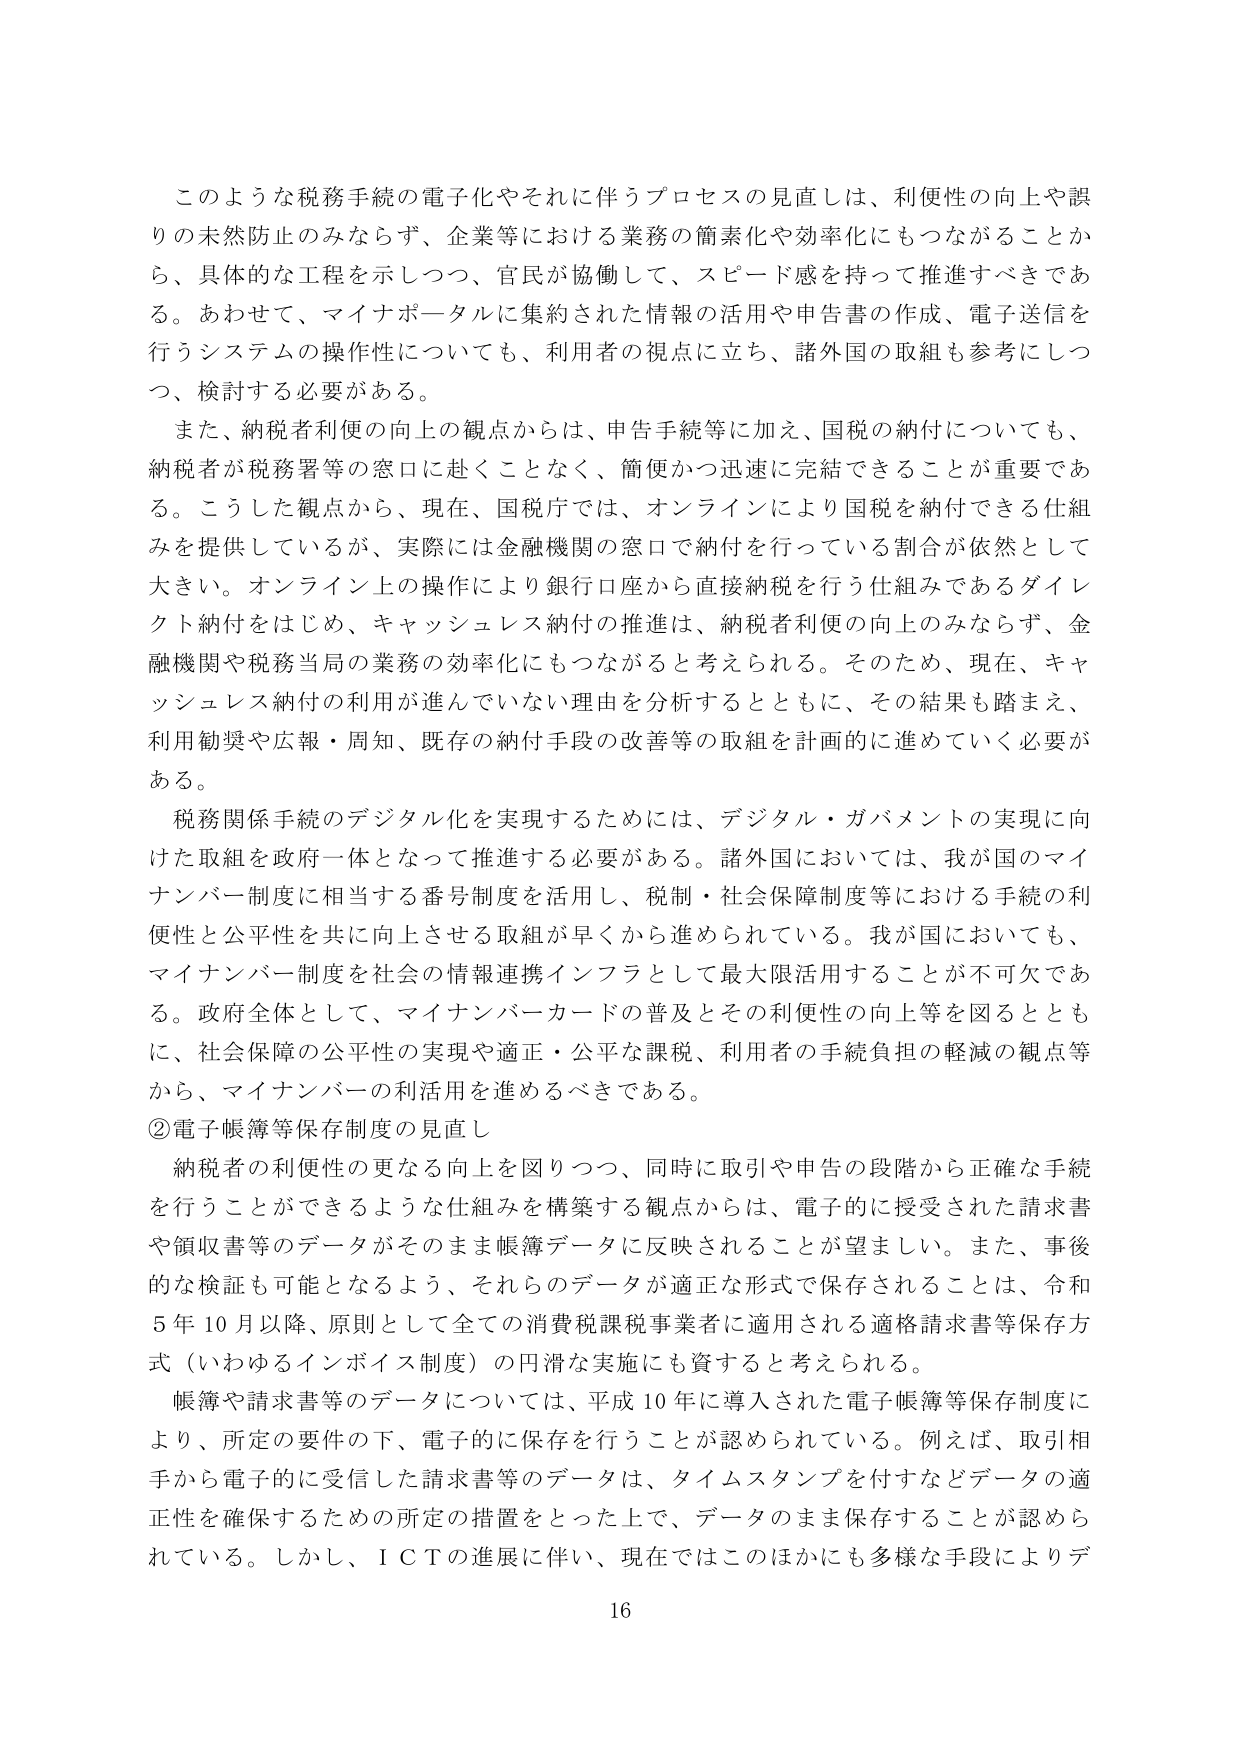
このような税務手続の電子化やそれに伴うプロセスの見直しは、利便性の向上や誤りの未然防止のみならず、企業等における業務の簡素化や効率化にもつながることから、具体的な工程を示しつつ、官民が協働して、スピード感を持って推進すべきである。あわせて、マイナポータルに集約された情報の活用や申告書の作成、電子送信を行うシステムの操作性についても、利用者の視点に立ち、諸外国の取組も参考にしつつ、検討する必要がある。

また、納税者利便の向上の観点からは、申告手続等に加え、国税の納付についても、納税者が税務署等の窓口に赴くことなく、簡便かつ迅速に完結できることが重要である。こうした観点から、現在、国税庁では、オンラインにより国税を納付できる仕組みを提供しているが、実際には金融機関の窓口で納付を行っている割合が依然として大きい。オンライン上の操作により銀行口座から直接納税を行う仕組みであるダイレクト納付をはじめ、キャッシュレス納付の推進は、納税者利便の向上のみならず、金融機関や税務当局の業務の効率化にもつながると考えられる。そのため、現在、キャッシュレス納付の利用が進んでいない理由を分析するとともに、その結果も踏まえ、利用勧奨や広報・周知、既存の納付手段の改善等の取組を計画的に進めていく必要がある。

税務関係手続のデジタル化を実現するためには、デジタル・ガバメントの実現に向けた取組を政府一体となって推進する必要がある。諸外国においては、我が国のマイナンバー制度に相当する番号制度を活用し、税制・社会保障制度等における手続の利便性と公平性を共に向上させる取組が早くから進められている。我が国においても、マイナンバー制度を社会の情報連携インフラとして最大限活用することが不可欠である。政府全体として、マイナンバーカードの普及とその利便性の向上等を図るとともに、社会保障の公平性の実現や適正・公平な課税、利用者の手続負担の軽減の観点等から、マイナンバーの利活用を進めるべきである。

②電子帳簿等保存制度の見直し

納税者の利便性の更なる向上を図りつつ、同時に取引や申告の段階から正確な手続を行うことができるような仕組みを構築する観点からは、電子的に授受された請求書や領収書等のデータがそのまま帳簿データに反映されることが望ましい。また、事後的な検証も可能となるよう、それらのデータが適正な形式で保存されることは、令和5年10月以降、原則として全ての消費税課税事業者に適用される適格請求書等保存方式（いわゆるインボイス制度）の円滑な実施にも資すると考えられる。

帳簿や請求書等のデータについては、平成10年に導入された電子帳簿等保存制度により、所定の要件の下、電子的に保存を行うことが認められている。例えば、取引相手から電子的に受信した請求書等のデータは、タイムスタンプを付すなどデータの適正性を確保するための所定の措置をとった上で、データのまま保存することが認められている。しかし、ＩＣＴの進展に伴い、現在ではこのほかにも多様な手段によりデ

16